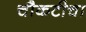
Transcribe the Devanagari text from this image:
चौकटीचा